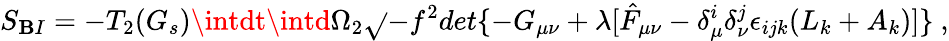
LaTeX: S_{\mathbf{B}I}=-T_{2}(G_{s})\intdt\intd\Omega_{2}\sqrt{}{{-f^{2}det\{ -G_{\mu\nu}+\lambda[\hat{{F}}_{\mu\nu}-\delta_{\mu}^{i}\delta_{\nu}^{j}\epsilon_{ijk}(L_{k}+A_{k})]\} }}\ ,